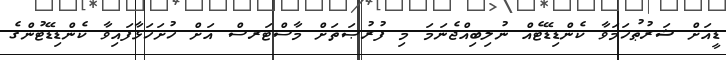
ޑީއަށް ޝަރުޠުހަމަވާ ކެންޑިޑޭޓެއް ނުލިބިއްޖެނަމަ މި ފުރުޞަތަށް މާސްޓަރސް އަށް ހުށަހަޅާފައިވާ ކެންޑިޑޭޓުންގެ